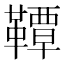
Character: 𫖊